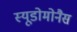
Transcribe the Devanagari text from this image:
स्यूडोमोनैस